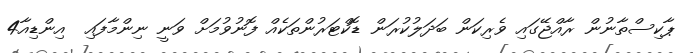
ޕާކިސްތާނުން ރާއްޖޭގައި ވެރިކަން ބަދަލުކުރަން ޑޮކްޓަރުންތަކެއް ފޮނުވުމަށް ވަނީ ނިންމާފައި  އިންޑިއާ4